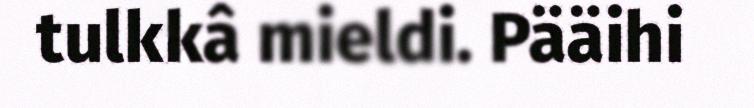
tulkkâ mieldi. Pääihi